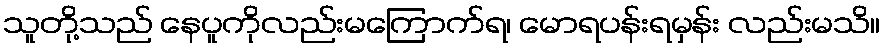
သူတို့သည် နေပူကိုလည်းမကြောက်ရ၊ မောရပန်းရမှန်း လည်းမသိ။